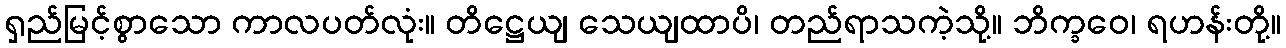
ရှည်မြင့်စွာသော ကာလပတ်လုံး။ တိဋ္ဌေယျ သေယျထာပိ၊ တည်ရာသကဲ့သို့။ ဘိက္ခဝေ၊ ရဟန်းတို့။